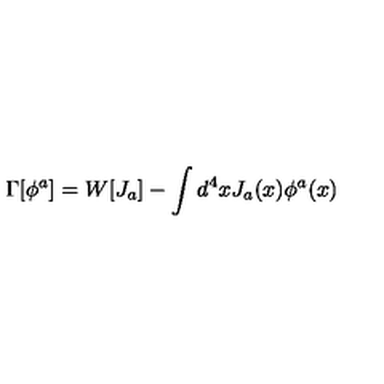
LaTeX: \Gamma [ \phi ^ { a } ] = W [ J _ { a } ] - \int d ^ { 4 } x J _ { a } ( x ) \phi ^ { a } ( x )